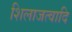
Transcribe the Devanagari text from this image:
शिलाजत्वादि